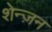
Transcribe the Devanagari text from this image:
शेन्ज़न